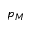
p _ { M }